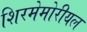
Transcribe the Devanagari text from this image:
शिरमेमोरीयल